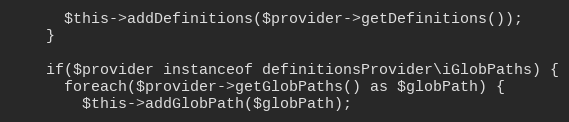
Language: PHP
      $this->addDefinitions($provider->getDefinitions());
    }

    if($provider instanceof definitionsProvider\iGlobPaths) {
      foreach($provider->getGlobPaths() as $globPath) {
        $this->addGlobPath($globPath);